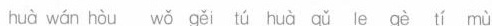
huà wán hòu wǒ gěi tú huà qǔ le gè tí mù